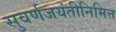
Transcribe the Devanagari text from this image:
सुवर्णजयंतीनिमित्त